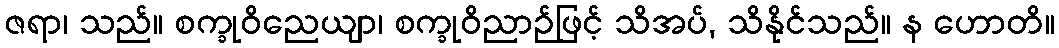
ဇရာ၊ သည်။ စက္ခုဝိညေယျာ၊ စက္ခုဝိညာဉ်ဖြင့် သိအပ်, သိနိုင်သည်။ န ဟောတိ။